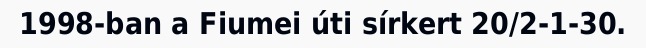
1998-ban a Fiumei úti sírkert 20/2-1-30.